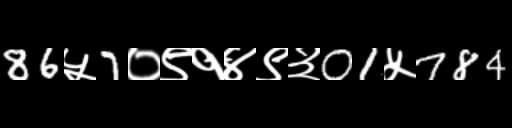
Text: 86५7०९१४९३01५784